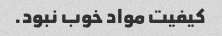
کیفیت مواد خوب نبود.